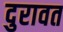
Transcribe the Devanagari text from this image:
दुरावत